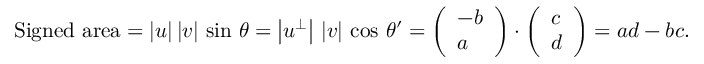
{ \mathrm { S i g n e d ~ a r e a } } = | { \boldsymbol { u } } | \, | { \boldsymbol { v } } | \, \sin \, \theta = \left| { \boldsymbol { u } } ^ { \perp } \right| \, \left| { \boldsymbol { v } } \right| \, \cos \, \theta ^ { \prime } = { \left( \begin{array} { l } { - b } \\ { a } \end{array} \right) } \cdot { \left( \begin{array} { l } { c } \\ { d } \end{array} \right) } = a d - b c .